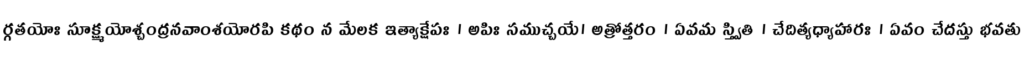
ర్గతయోః సూక్ష్మయోశ్చంద్రనవాంశయోరపి కథం న మేలక ఇత్యాక్షేపః । అపిః సముచ్చయే। అత్రోత్తరం । ఏవమ స్త్వితి । చేదిత్యధ్యాహారః । ఏవం చేదస్తు భవతు